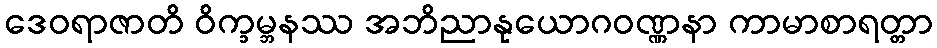
ဒေဝရာဇာတိ ဝိက္ခမ္ဘနဿ အဘိညာနုယောဂဝဏ္ဏနာ ကာမာစာရတ္တာ